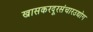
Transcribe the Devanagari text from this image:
खासकरदूरसंचारउद्योग